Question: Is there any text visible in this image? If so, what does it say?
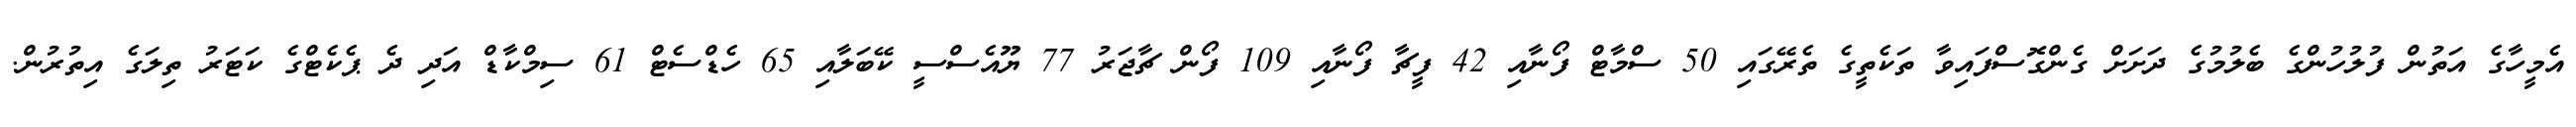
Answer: އެމީހާގެ އަތުން ފުލުހުންގެ ބެލުމުގެ ދަށަށް ގެންގޮސްފައިވާ ތަކެތީގެ ތެރޭގައި 50 ސްމާޓް ފޯނާއި 42 ފީޗާ ފޯނާއި 109 ފޯން ޗާޖަރު 77 ޔޫއެސްސީ ކޭބަލާއި 65 ހެޑްސެޓް 61 ސިމްކާޑް އަދި ދެ ޕެކެޓްގެ ކަޓަރު ތިލަގެ އިތުރުން.